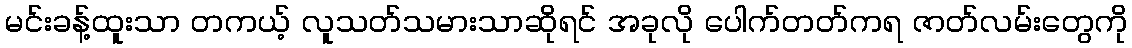
မင်းခန့်ထူးသာ တကယ့် လူသတ်သမားသာဆိုရင် အခုလို ပေါက်တတ်ကရ ဇာတ်လမ်းတွေကို